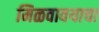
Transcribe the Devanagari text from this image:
मिळवावयाचा